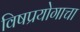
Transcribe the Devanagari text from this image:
विषप्रयोगाचा